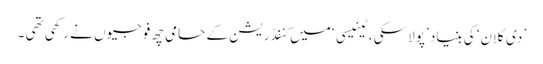
’ دی کلان‘ کی بنیاد ’پولاسکی ، ٹینیسی ‘ میں کنفڈریشن کے حامی چھ فوجیوں نے رکھی تھی ۔